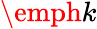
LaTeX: \emph{k}